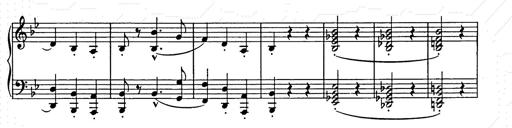
Title: Weihnachtsbaum
Composer: Franz Liszt